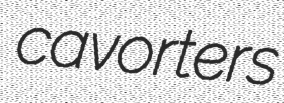
cavorters